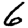
Digit: 6